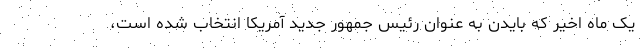
یک ماه اخیر که بایدن به عنوان رئیس جمهور جدید آمریکا انتخاب شده است،